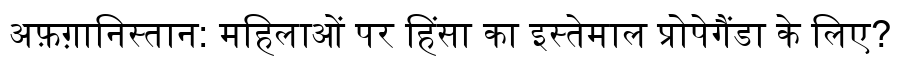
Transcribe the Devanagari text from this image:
अफ़ग़ानिस्तान: महिलाओं पर हिंसा का इस्तेमाल प्रोपेगैंडा के लिए?